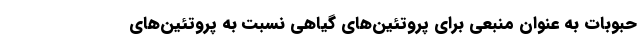
حبوبات به عنوان منبعی برای پروتئین‌های گیاهی نسبت به پروتئین‌های